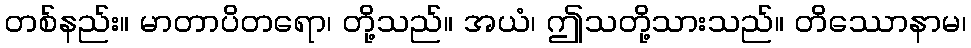
တစ်နည်း။ မာတာပိတရော၊ တို့သည်။ အယံ၊ ဤသတို့သားသည်။ တိဿောနာမ၊